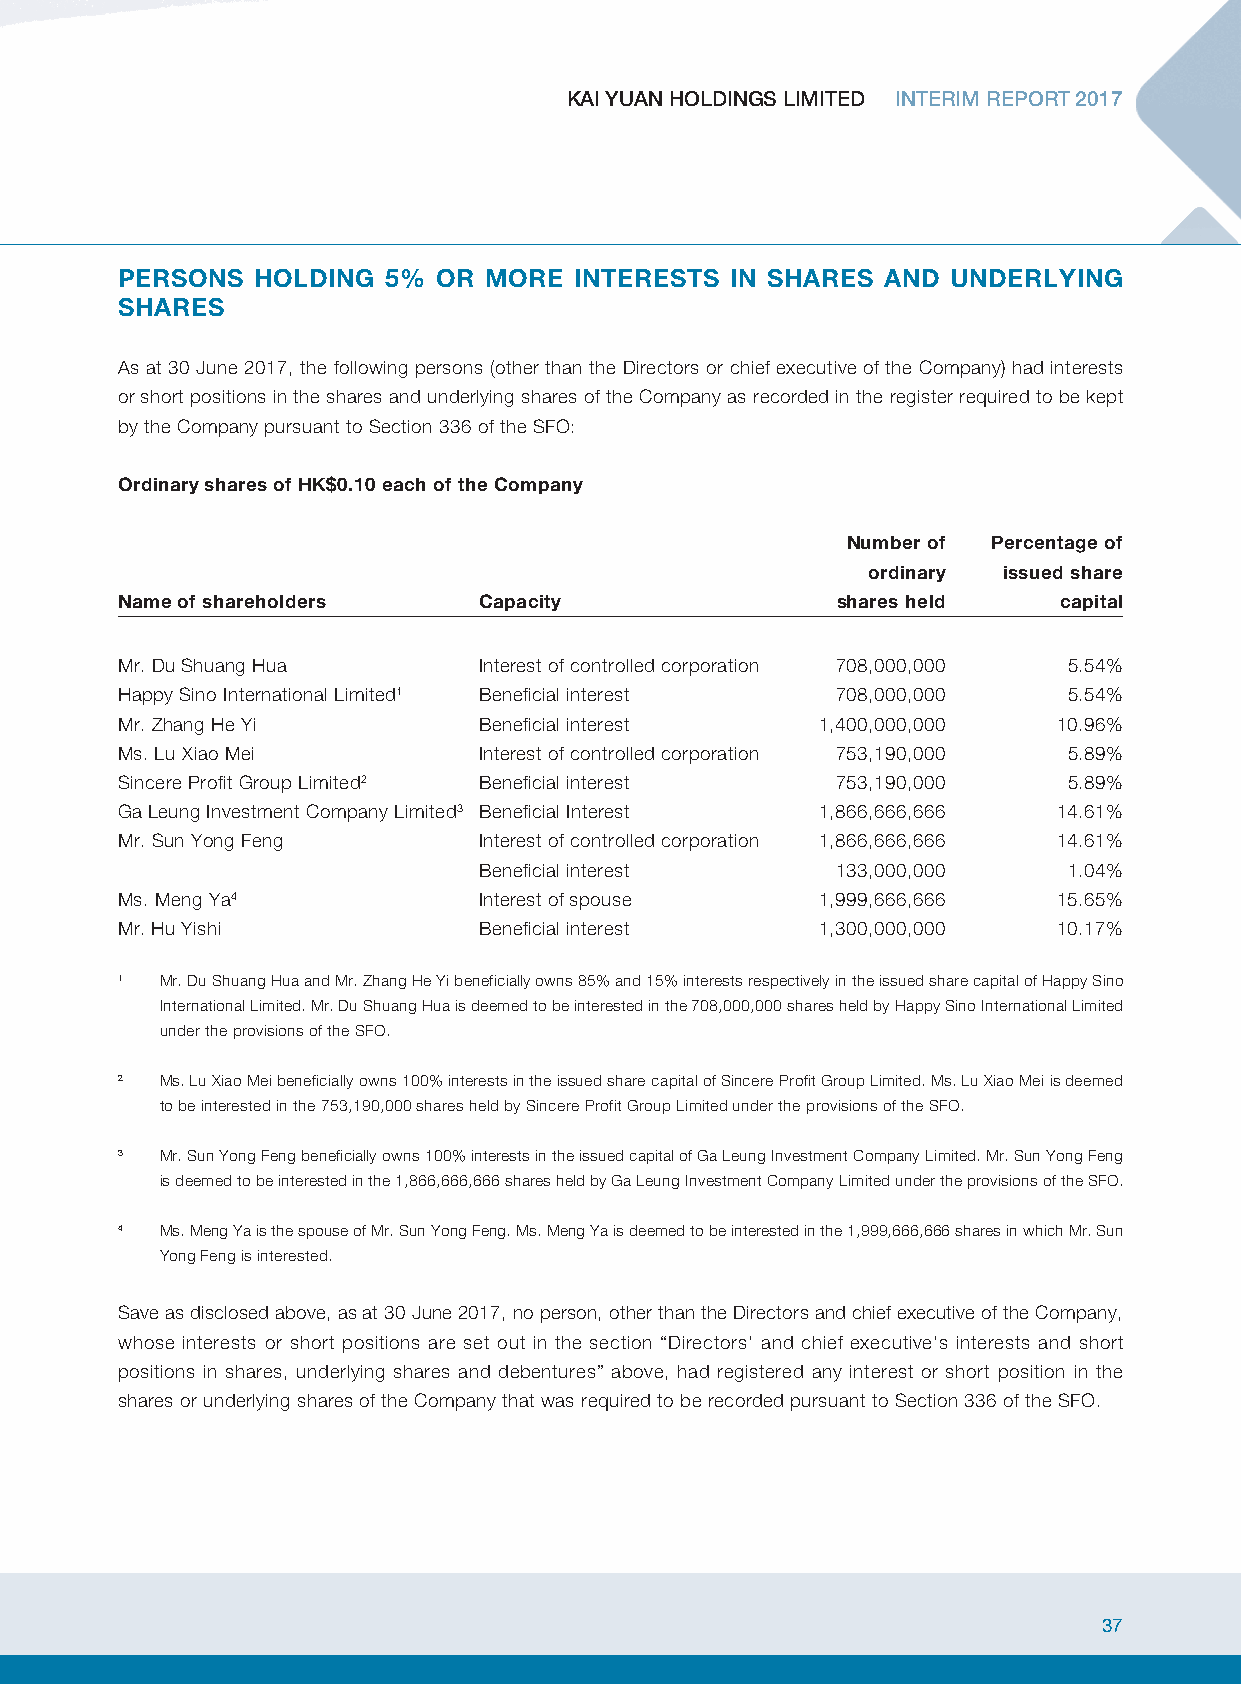
KAI YUAN HOLDINGS LIMITED INTERIM REPORT 2017
 PERSONS  HOLDING  5% OR MORE  INTERESTS IN SHARES AND  UNDERLYING
 SHARES
 As at 30 June 2017, the following persons (other than the Directors or chief executive of the Company) had interests
 or short positions in the shares and underlying shares of the Company as recorded in the register required to be kept
 by the Company pursuant to Section 336 of the SFO:
 Ordinary shares of HK$0.10 each of the Company
 Number of Percentage of
 ordinary issued share
 N ame of shareholders   Capacity               shares held    capital
 Mr. Du Shuang Hua       Interest of controlled corporation 708,000,000 5.54%
 Happy Sino International Limited1 Beneficial interest 708,000,000 5.54%
 Mr. Zhang He Yi         Beneficial interest   1,400,000,000   10.96%
 Ms. Lu Xiao Mei         Interest of controlled corporation 753,190,000 5.89%
 Sincere Profit Group Limited2 Beneficial interest 753,190,000  5.89%
 Ga Leung Investment Company Limited3 Beneficial Interest 1,866,666,666 14.61%
 Mr. Sun Yong Feng       Interest of controlled corporation 1,866,666,666 14.61%
 Beneficial interest    133,000,000     1.04%
 Ms. Meng Ya4            Interest of spouse    1,999,666,666   15.65%
 Mr. Hu Yishi            Beneficial interest   1,300,000,000   10.17%
 1  Mr. Du Shuang Hua and Mr. Zhang He Yi beneficially owns 85% and 15% interests respectively in the issued share capital of Happy Sino
 International Limited. Mr. Du Shuang Hua is deemed to be interested in the 708,000,000 shares held by Happy Sino International Limited
 under the provisions of the SFO.
 2  Ms. Lu Xiao Mei beneficially owns 100% interests in the issued share capital of Sincere Profit Group Limited. Ms. Lu Xiao Mei is deemed
 to be interested in the 753,190,000 shares held by Sincere Profit Group Limited under the provisions of the SFO.
 3  Mr. Sun Yong Feng beneficially owns 100% interests in the issued capital of Ga Leung Investment Company Limited. Mr. Sun Yong Feng
 is deemed to be interested in the 1,866,666,666 shares held by Ga Leung Investment Company Limited under the provisions of the SFO.
 4  Ms. Meng Ya is the spouse of Mr. Sun Yong Feng. Ms. Meng Ya is deemed to be interested in the 1,999,666,666 shares in which Mr. Sun
 Yong Feng is interested.
 Save as disclosed above, as at 30 June 2017, no person, other than the Directors and chief executive of the Company,
 whose interests or short positions are set out in the section “Directors’ and chief executive’s interests and short
 positions in shares, underlying shares and debentures” above, had registered any interest or short position in the
 shares or underlying shares of the Company that was required to be recorded pursuant to Section 336 of the SFO.
 37